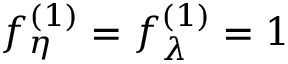
f _ { \eta } ^ { ( 1 ) } = f _ { \lambda } ^ { ( 1 ) } = 1